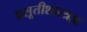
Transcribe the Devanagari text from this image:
प्रसूतीशास्त्रज्ञ